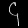
Digit: ၄